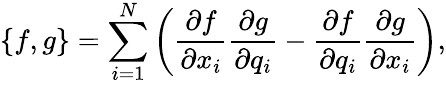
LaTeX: \left\{ f,g\right\} =\sum_{i=1}^{N}\left(\frac{\partial f}{\partial x_{i}}\frac{\partial g}{\partial q_{i}}-\frac{\partial f}{\partial q_{i}}\frac{\partial g}{\partial x_{i}}\right),